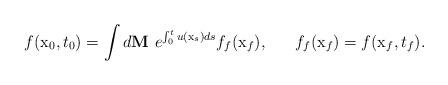
LaTeX: \begin{align*}f({\mathrm x}_0, t_0) = \int d {\bf M}\ e^{\int_0^t u({\mathrm x}_s)ds} f_f({\mathrm x}_f), ~~~~~f_f({\mathrm x}_f) = f({\mathrm x}_f, t_f). \end{align*}